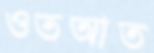
ওতআত